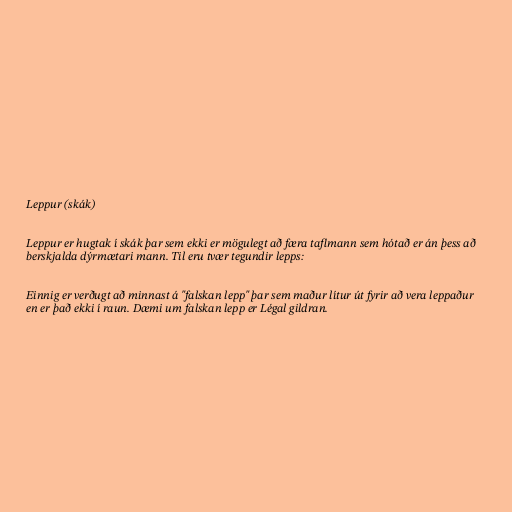
Leppur (skák)

Leppur er hugtak í skák þar sem ekki er mögulegt að færa taflmann sem hótað er án þess að
berskjalda dýrmætari mann. Til eru tvær tegundir lepps:

Einnig er verðugt að minnast á "falskan lepp" þar sem maður lítur út fyrir að vera leppaður
en er það ekki í raun. Dæmi um falskan lepp er Légal gildran.